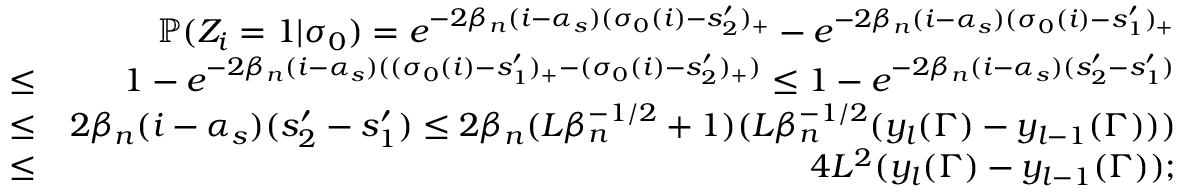
\begin{array} { r l r } & { } & { \mathbb { P } ( Z _ { i } = 1 | \sigma _ { 0 } ) = e ^ { - 2 \beta _ { n } ( i - \alpha _ { s } ) ( \sigma _ { 0 } ( i ) - s _ { 2 } ^ { \prime } ) _ { + } } - e ^ { - 2 \beta _ { n } ( i - \alpha _ { s } ) ( \sigma _ { 0 } ( i ) - s _ { 1 } ^ { \prime } ) _ { + } } } \\ & { \leq } & { 1 - e ^ { - 2 \beta _ { n } ( i - \alpha _ { s } ) ( ( \sigma _ { 0 } ( i ) - s _ { 1 } ^ { \prime } ) _ { + } - ( \sigma _ { 0 } ( i ) - s _ { 2 } ^ { \prime } ) _ { + } ) } \leq 1 - e ^ { - 2 \beta _ { n } ( i - \alpha _ { s } ) ( s _ { 2 } ^ { \prime } - s _ { 1 } ^ { \prime } ) } } \\ & { \leq } & { 2 \beta _ { n } ( i - \alpha _ { s } ) ( s _ { 2 } ^ { \prime } - s _ { 1 } ^ { \prime } ) \leq 2 \beta _ { n } ( L \beta _ { n } ^ { - 1 \slash 2 } + 1 ) ( L \beta _ { n } ^ { - 1 \slash 2 } ( y _ { l } ( \Gamma ) - y _ { l - 1 } ( \Gamma ) ) ) } \\ & { \leq } & { 4 L ^ { 2 } ( y _ { l } ( \Gamma ) - y _ { l - 1 } ( \Gamma ) ) ; } \end{array}